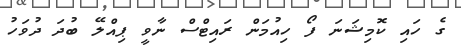
ގެ ހައި ކޮމިޝަނަ ފޯ ހިއުމަން ރައިޓްސް ނާވީ ޕިއްލޭ ބުދަ ދުވަހު